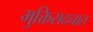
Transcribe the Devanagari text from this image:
मुक्तिसदनात